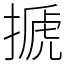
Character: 搋